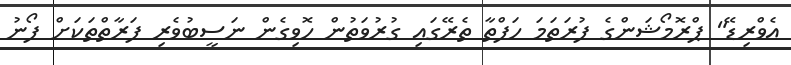
އެވްރިޑޭ" ޕްރޮމޯޝަންގެ ފުރަތަމަ ހަފްތާ ތެރޭގައި ގުރުވަތުން ހޮވިގެން ނަސީބުވެރި ފަރާތްތަކަށް ފޯނު